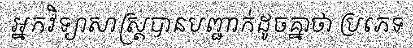
អ្នកវិទ្យាសាស្ត្របានបញ្ជាក់ដូចគ្នាថា ប្រភេទ